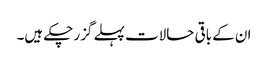
ان کے باقی حالات پہلے گزر چکے ہیں۔